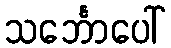
သင်္ဘောပေါ်